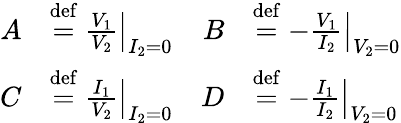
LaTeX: {\begin{array}{rlrl}{A}&{\mathrel{\stackrel{\mathrm{def}}{=}}\left.{\frac{V_{1}}{V_{2}}}\right|_{I_{2}=0}}&{B}&{\mathrel{\stackrel{\mathrm{def}}{=}}\left.-{\frac{V_{1}}{I_{2}}}\right|_{V_{2}=0}}\\ {C}&{\mathrel{\stackrel{\mathrm{def}}{=}}\left.{\frac{I_{1}}{V_{2}}}\right|_{I_{2}=0}}&{D}&{\mathrel{\stackrel{\mathrm{def}}{=}}\left.-{\frac{I_{1}}{I_{2}}}\right|_{V_{2}=0}}\end{array}}